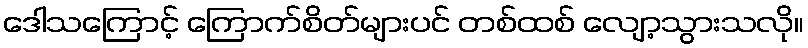
ဒေါသကြောင့် ကြောက်စိတ်များပင် တစ်ထစ် လျော့သွားသလို။